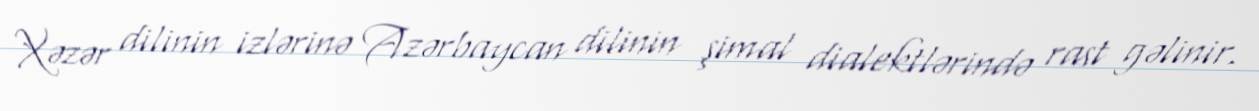
Xəzər dilinin izlərinə Azərbaycan dilinin şimal dialektlərində rast gəlinir.